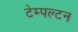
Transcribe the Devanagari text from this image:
टेम्पल्टन